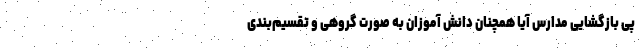
پی بازگشایی مدارس آیا همچنان دانش آموزان به صورت گروهی و تقسیم‌بندی